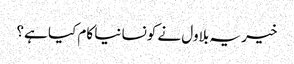
خیر یہ بلاول نے کونسا نیا کام کیا ہے؟